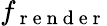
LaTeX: f_{\mathrm{~r~e~n~d~e~r~}}